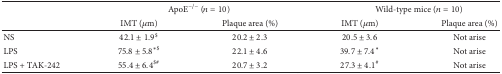
<table><thead><tr><td><b> </b></td><td colspan="2"><b>ApoE<sup>−/−</sup> (<i>n</i> = 10)</b></td><td colspan="2"><b>Wild-type mice (<i>n</i> = 10)</b></td></tr><tr><td><b> </b></td><td><b>IMT (<i>μ</i>m) </b></td><td><b>Plaque area (%) </b></td><td><b>IMT (<i>μ</i>m)</b></td><td><b>Plaque area (%)</b></td></tr></thead><tbody><tr><td>NS</td><td>42.1 ± 1.9<sup>$</sup></td><td>20.2 ± 2.3</td><td>20.5 ± 3.6</td><td>Not arise</td></tr><tr><td>LPS</td><td>75.8 ± 5.8<sup>∗$</sup></td><td>22.1 ± 4.6</td><td>39.7 ± 7.4*</td><td>Not arise</td></tr><tr><td>LPS + TAK-242</td><td>55.4 ± 6.4<sup>$#</sup></td><td>20.7 ± 3.2</td><td>27.3 ± 4.1<sup>#</sup></td><td>Not arise</td></tr></tbody></table>